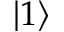
\left\lvert 1 \right\rangle